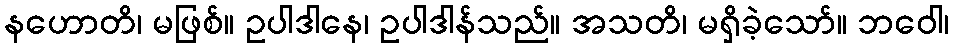
နဟောတိ၊ မဖြစ်။ ဥပါဒါနေ၊ ဥပါဒါန်သည်။ အသတိ၊ မရှိခဲ့သော်။ ဘဝေါ၊